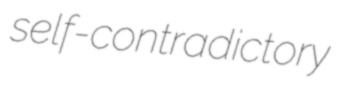
self-contradictory